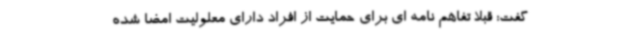
گفت: قبلا تفاهم نامه ای برای حمایت از افراد دارای معلولیت امضا شده